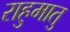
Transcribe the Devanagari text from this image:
राहुमातु